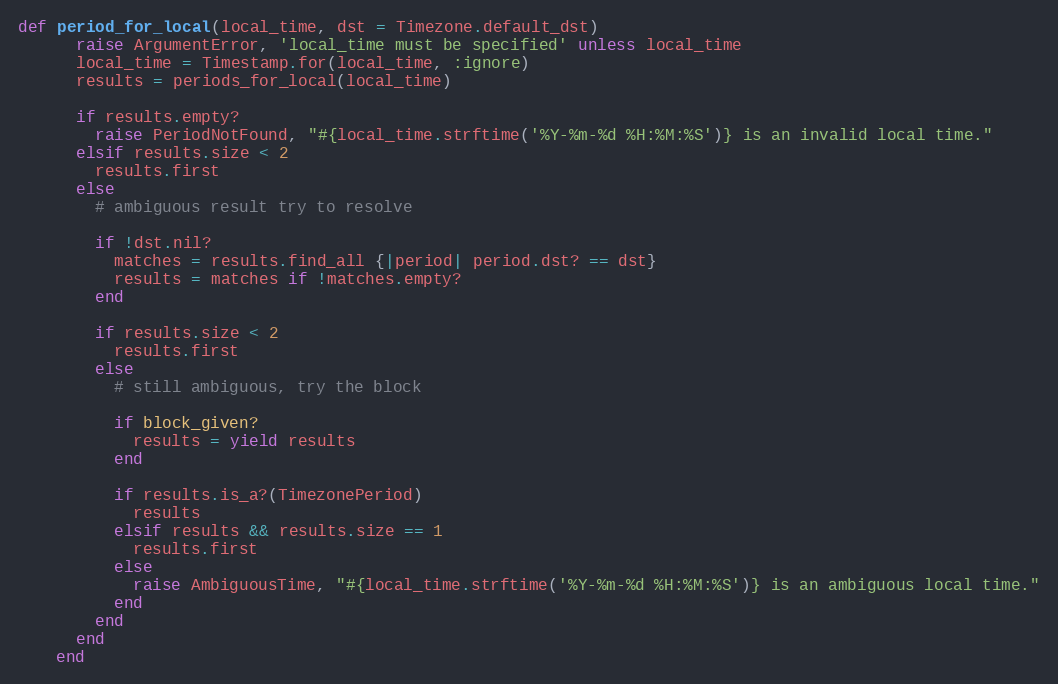
Language: Ruby
def period_for_local(local_time, dst = Timezone.default_dst)
      raise ArgumentError, 'local_time must be specified' unless local_time
      local_time = Timestamp.for(local_time, :ignore)
      results = periods_for_local(local_time)

      if results.empty?
        raise PeriodNotFound, "#{local_time.strftime('%Y-%m-%d %H:%M:%S')} is an invalid local time."
      elsif results.size < 2
        results.first
      else
        # ambiguous result try to resolve

        if !dst.nil?
          matches = results.find_all {|period| period.dst? == dst}
          results = matches if !matches.empty?
        end

        if results.size < 2
          results.first
        else
          # still ambiguous, try the block

          if block_given?
            results = yield results
          end

          if results.is_a?(TimezonePeriod)
            results
          elsif results && results.size == 1
            results.first
          else
            raise AmbiguousTime, "#{local_time.strftime('%Y-%m-%d %H:%M:%S')} is an ambiguous local time."
          end
        end
      end
    end